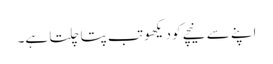
اپنے سے نیچے کو دیکھو تب پتا چلتا ہے۔